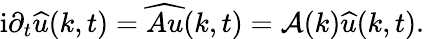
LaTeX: \mathrm{i}\partial_{t}\widehat{u}(k,t)=\widehat{Au}(k,t)=\mathcal{A}(k)\widehat{u}(k,t).